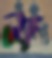
ম